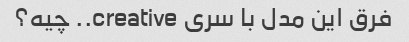
فرق این مدل با سری creative.. چیه؟